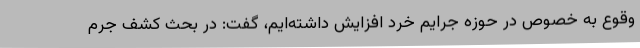
وقوع به خصوص در حوزه جرایم خرد افزایش داشته‌ایم، گفت: در بحث کشف جرم